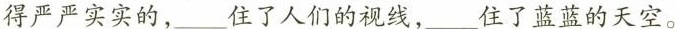
得严严实实的，___住了人们的视线，___住了蓝蓝的天空。